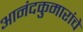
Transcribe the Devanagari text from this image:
आनंदकुमारांचे